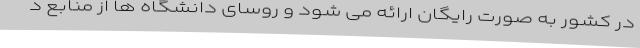
در کشور به صورت رایگان ارائه می شود و روسای دانشگاه ها از منابع د